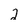
Character: 2